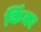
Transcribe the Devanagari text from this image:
किंबर